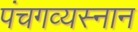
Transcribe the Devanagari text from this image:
पंचगव्यस्नान